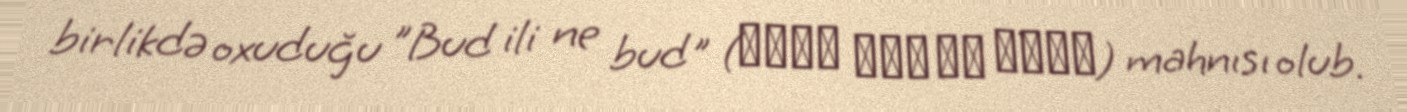
birlikdə oxuduğu "Bud ili ne bud" (Будь или не будь) mahnısı olub.